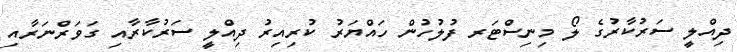
ދިއްލީ ސަރުކާރުގެ ލޯ މިނިސްޓަރ ފުލުހުން ހައްޔަރު ކުރިއިރު ދިއްލީ ސަރުކާރާއި ގަވަރްނަރާއި